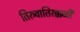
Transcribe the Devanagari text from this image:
तिरुवातिरक्कळी